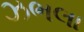
ઝભલા